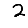
Digit: 2